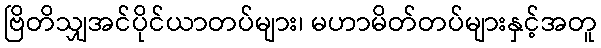
ဗြိတိသျှအင်ပိုင်ယာတပ်များ၊ မဟာမိတ်တပ်များနှင့်အတူ